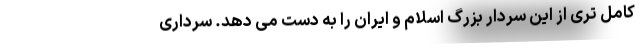
کامل تری از این سردار بزرگ اسلام و ایران را به دست می دهد. سرداری